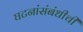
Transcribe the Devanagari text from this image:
घटनांसंबंधीची